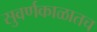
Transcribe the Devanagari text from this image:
सुवर्णकाळातच